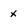
Character: x